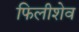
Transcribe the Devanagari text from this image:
फिलीशेव